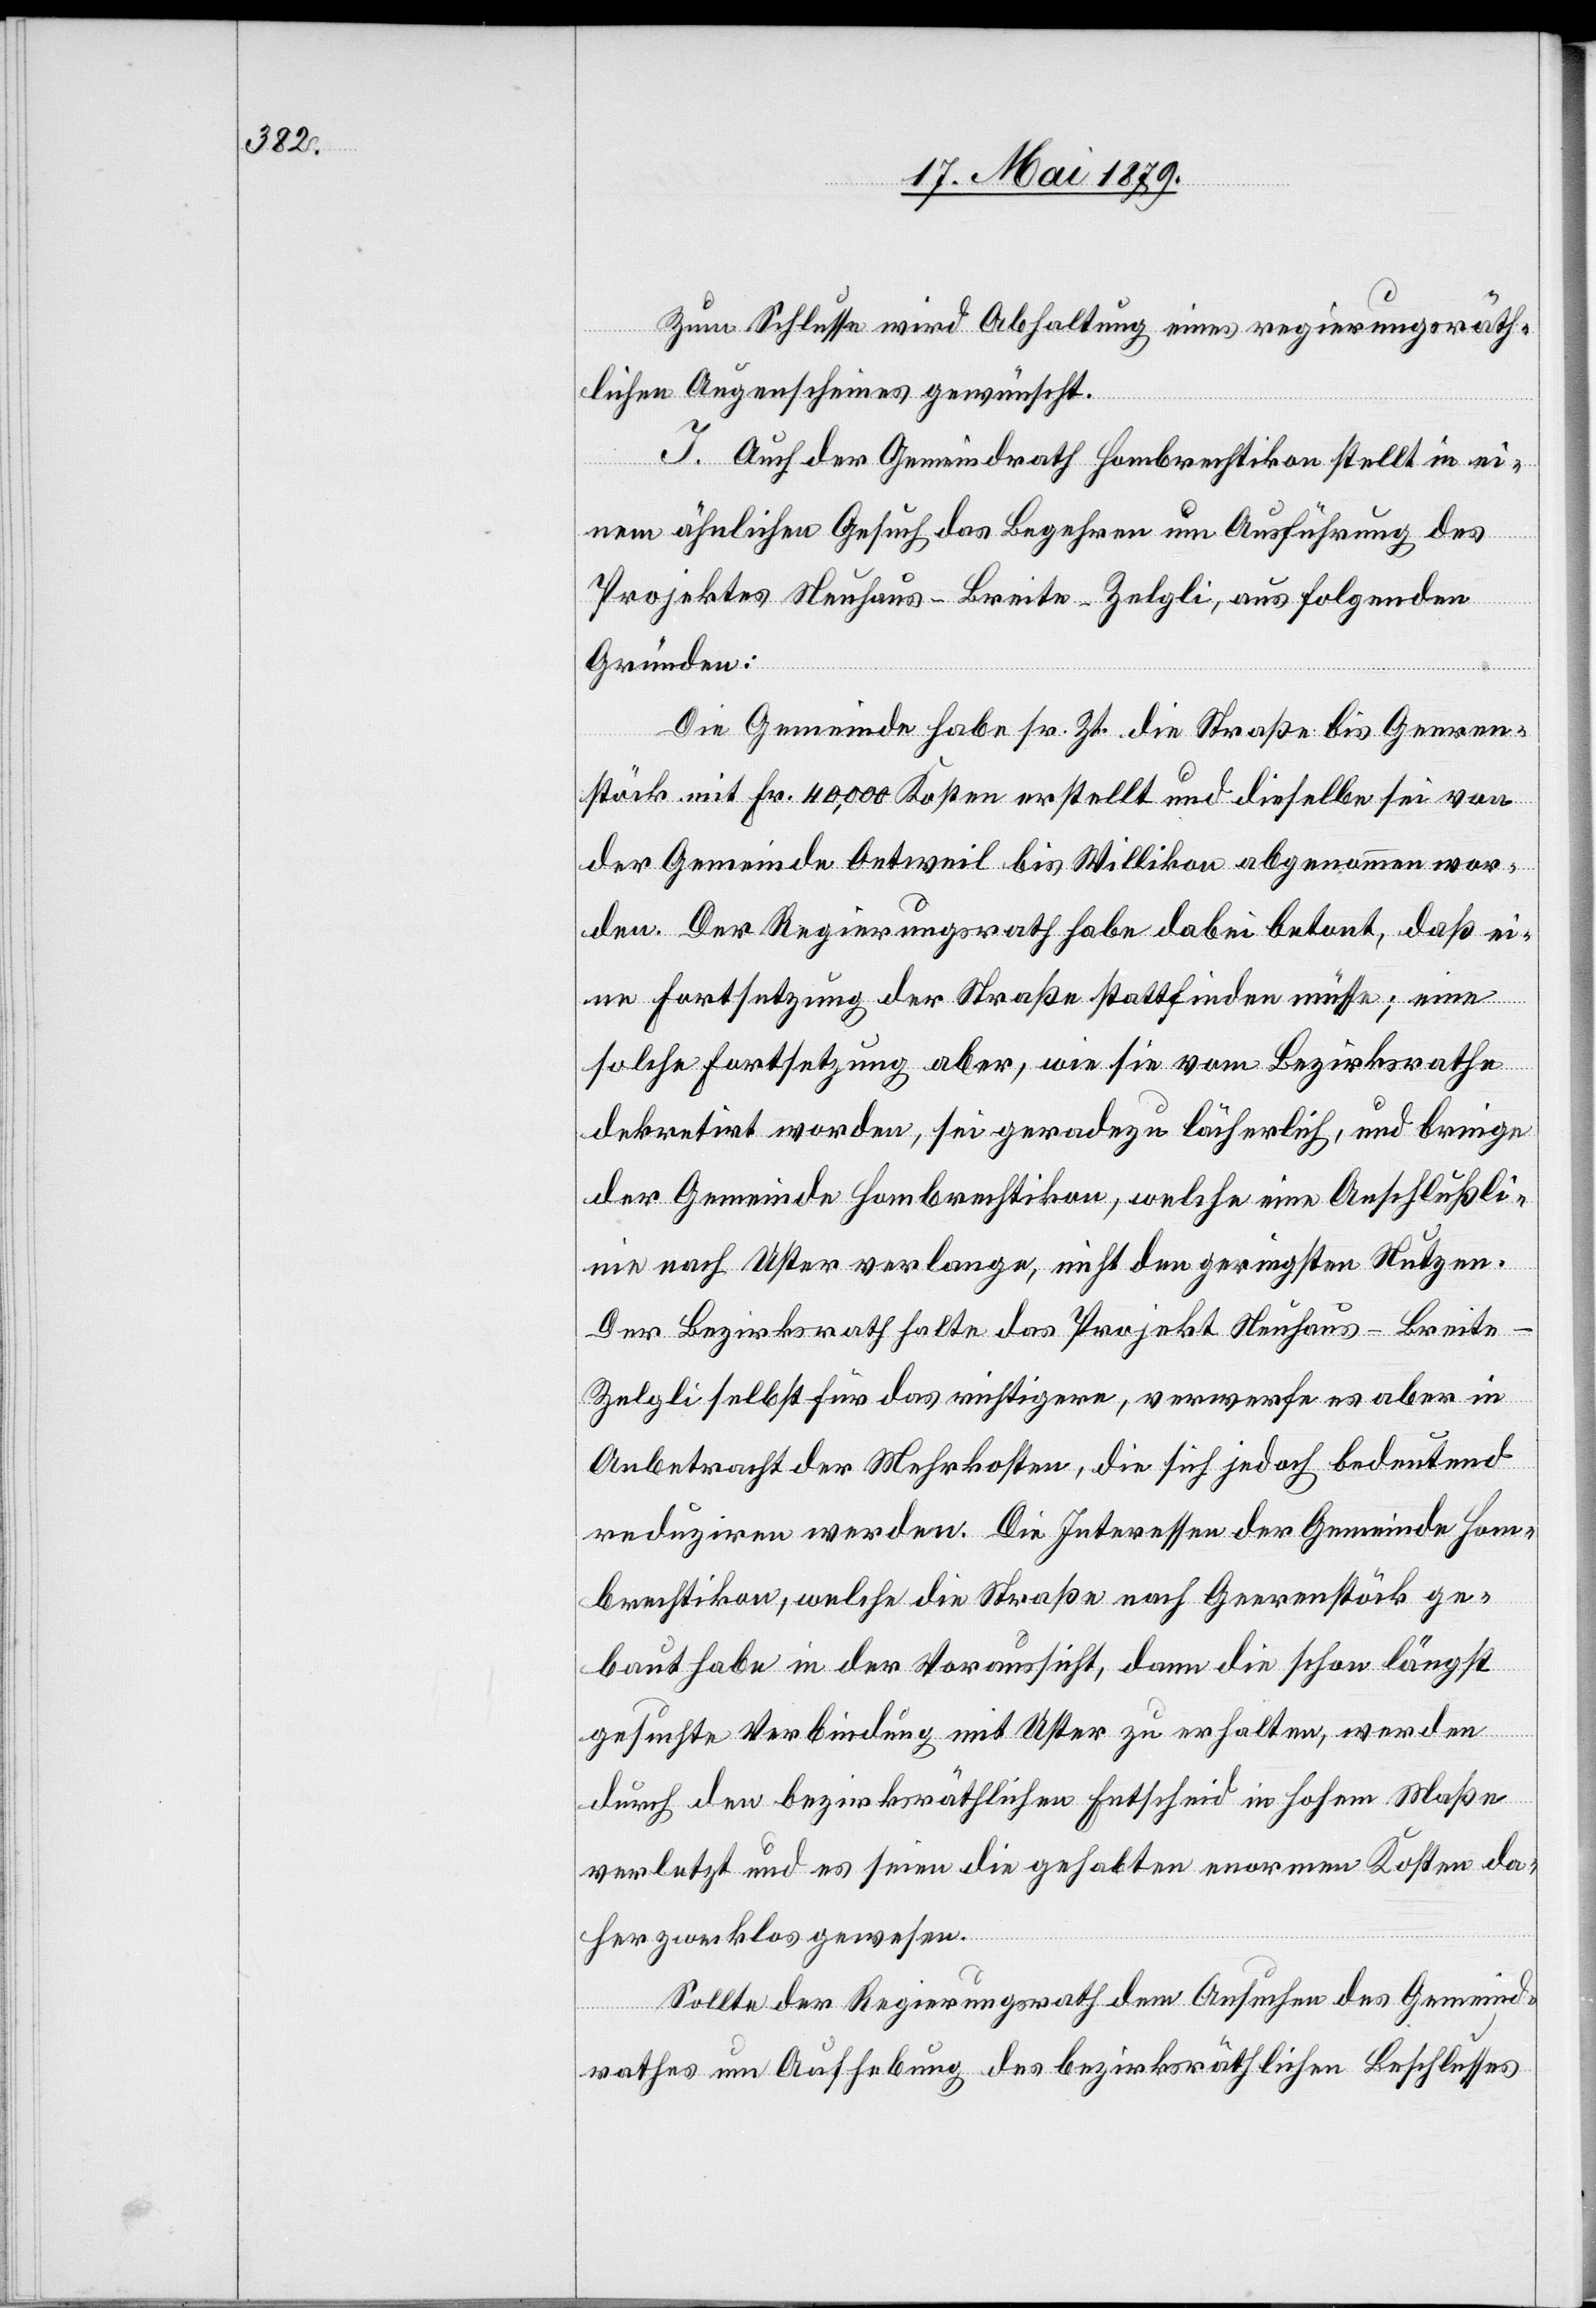
Zum Schlusse wird Abhaltung eines regierungsräth¬
lichen Augenscheines gewünscht.
I. Auch der Gemeindrath Hombrechtikon stellt in ei¬
nem ähnlichen Gesuch das Begehren um Ausführung des
Projektes Neuhaus–Breite–Zelgli, aus folgenden
Gründen:
Die Gemeinde habe sr. Zt. die Straße bis Geeren¬
stöck mit Fr. 40,000 Kosten erstellt und dieselbe sei von
der Gemeinde Oetweil bis Willikon abgenommen wor¬
den. Der Regierungsrath habe dabei betont, daß ei¬
ne Fortsetzung der Straße stattfinden müsse; eine
solche Fortsetzung aber, wie sie vom Bezirksrathe
dekretirt worden, sei geradezu lächerlich, und bringe
der Gemeinde Hombrechtikon, welche eine Anschlußli¬
nie nach Uster verlange, nicht den geringsten Nutzen.
Der Bezirksrath halte das Projekt Neuhaus–Breit¬
e–Zelgli selbst für das richtigere, verwerfe es aber in
Anbetracht der Mehrkosten, die sich jedoch bedeutend
reduziren werden. Die Interessen der Gemeinde Hom¬
brechtikon, welche die Straße nach Geerenstöck ge¬
baut habe in der Voraussicht, dann die schon längst
gesuchte Verbindung mit Uster zu erhalten, werden
durch den bezirksräthlichen Entscheid in hohem Maße
verletzt und es seien die gehabten enormen Kosten da¬
her zwecklos gewesen.
Sollte der Regierungsrath dem Ansuchen des Gemeind¬
rathes um Aufhebung des bezirksräthlichen Beschlusses